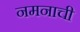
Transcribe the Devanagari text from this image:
नमनाची